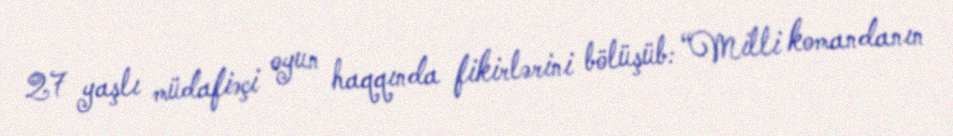
27 yaşlı müdafiəçi oyun haqqında fikirlərini bölüşüb: “Milli komandanın